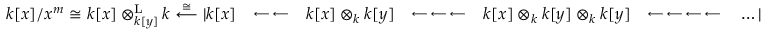
k [ x ] / x ^ { m } \cong k [ x ] \otimes _ { k [ y ] } ^ { \mathrm { L } } k \stackrel { \cong } { \longleftarrow } | k [ x ] \quad \substack { \longleftarrow \, \longleftarrow } \quad k [ x ] \otimes _ { k } k [ y ] \quad \substack { \longleftarrow \, \longleftarrow \, \longleftarrow } \quad k [ x ] \otimes _ { k } k [ y ] \otimes _ { k } k [ y ] \quad \substack { \longleftarrow \, \longleftarrow \, \longleftarrow \, \longleftarrow } \quad \ldots |